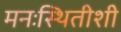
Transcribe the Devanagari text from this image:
मनःस्थितीशी